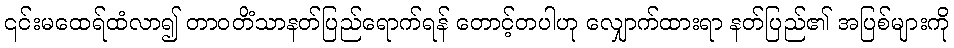
၎င်းမထေရ်ထံလာ၍ တာဝတိံသာနတ်ပြည်ရောက်ရန် တောင့်တပါဟု လျှောက်ထားရာ နတ်ပြည်၏ အပြစ်များကို